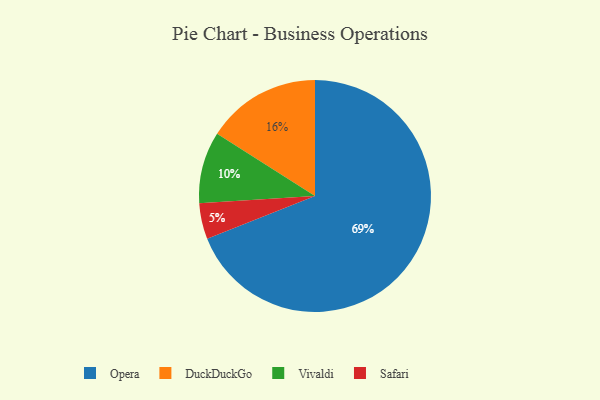
{"axis": {"x": "Category", "y": "Percentage"}, "legend": ["DuckDuckGo", "Opera", "Safari", "Vivaldi"], "data": [{"x": "DuckDuckGo", "y": 16, "type": "DuckDuckGo"}, {"x": "Safari", "y": 5, "type": "Safari"}, {"x": "Opera", "y": 69, "type": "Opera"}, {"x": "Vivaldi", "y": 10, "type": "Vivaldi"}]}